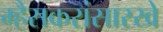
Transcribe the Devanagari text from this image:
म्हैसकरांसारखे